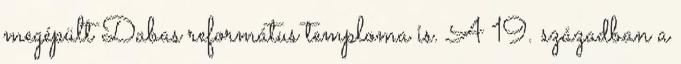
megépült Dabas református temploma is. A 19. században a